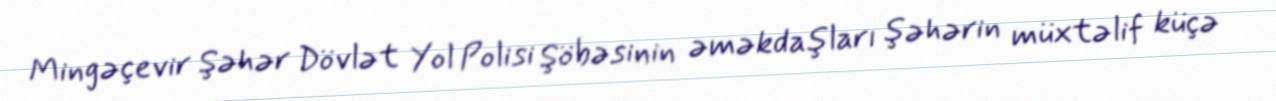
Mingəçevir Şəhər Dövlət Yol Polisi Şöbəsinin əməkdaşları şəhərin müxtəlif küçə